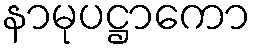
နာမုပဋ္ဌာကော